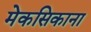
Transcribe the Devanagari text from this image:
मेकसिकाना